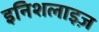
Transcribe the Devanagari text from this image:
इनिशलाइज़